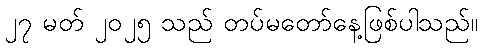
၂၇ မတ် ၂၀၂၅ သည် တပ်မတော်နေ့ဖြစ်ပါသည်။